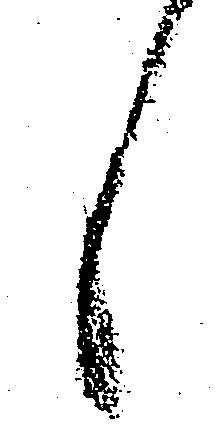
候